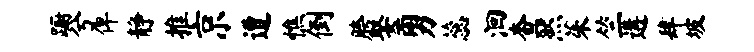
蹰兮俾静推京遭憔倒胯娶勇蕊洄查然茱竺遘肆坡